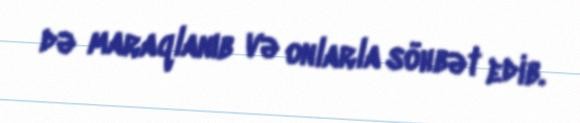
də maraqlanıb və onlarla söhbət edib.